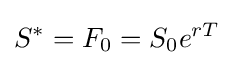
S^{*}=F_{0}=S_{0}e^{rT}